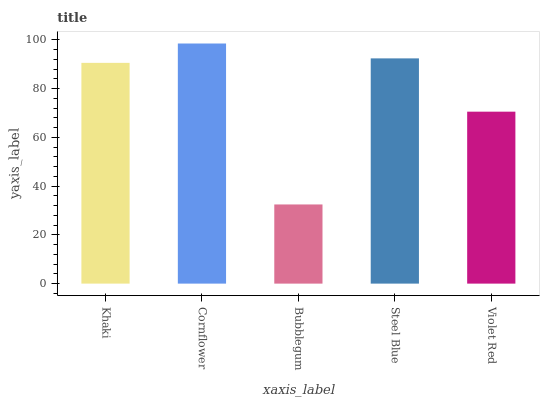
| xaxis_label | bars |
 | --- | --- |
 | Khaki | 90.6 |
 | Cornflower | 98.5 |
 | Bubblegum | 32.5 |
 | Steel Blue | 92.4 |
 | Violet Red | 70.6 |